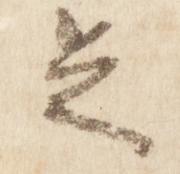
足